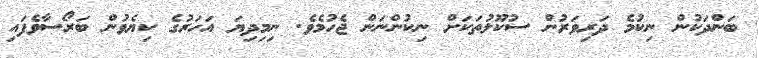
ބަންދަކުން ނިކުމެ ދަރިވަރުން ސުކޫލުތަކަށް ނިކުންނަން ޖެހުމެވެ. ނިމިދިޔަ އަހަރުގެ ކިޔެވުން ބަރޯސާވެފައި